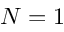
N = 1